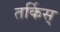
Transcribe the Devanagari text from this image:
तर्किस्